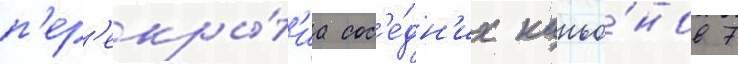
п'ер'екры́т'иа сос'е́дн'их каньо́нов 7